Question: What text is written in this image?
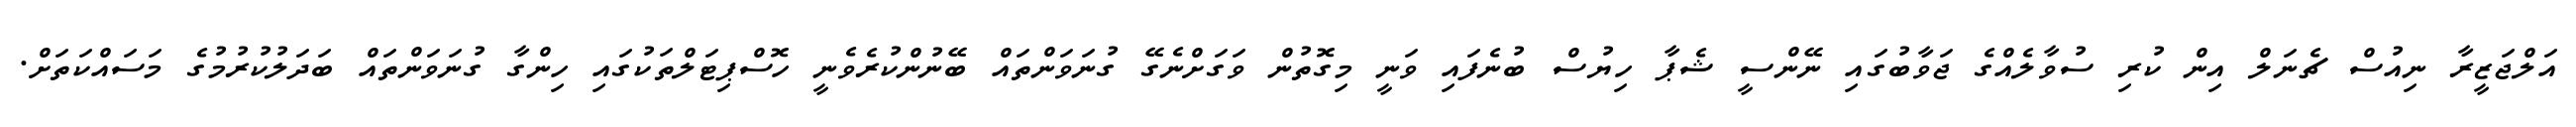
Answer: އަލްޖަޒީރާ ނިއުސް ޗެނަލް އިން ކުރި ސުވާލެއްގެ ޖަވާބުގައި ނޭންސީ ޝެޕާ ހިޔުސް ބުނެފައި ވަނީ މިގޮތުން ވަގަށްނެގޭ ގުނަވަންތައް ބޭނުންކުރެވެނީ ހޮސްޕިޓަލްތަކުގައި ހިންގާ ގުނަވަންތައް ބަދަލުކުރުމުގެ މަސައްކަތަށް.